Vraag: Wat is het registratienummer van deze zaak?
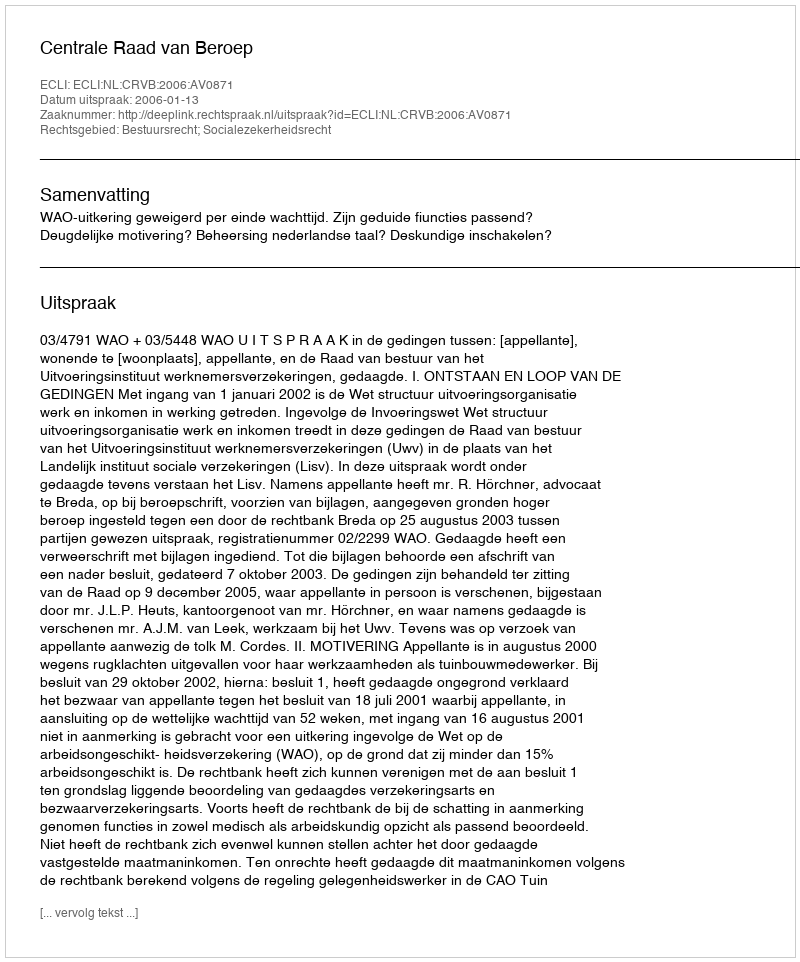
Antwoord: http://deeplink.rechtspraak.nl/uitspraak?id=ECLI:NL:CRVB:2006:AV0871